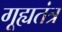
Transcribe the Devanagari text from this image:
गूह्यतंत्र